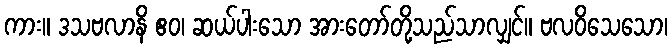
ကား။ ဒသဗလာနိ ဧဝ၊ ဆယ်ပါးသော အားတော်တို့သည်သာလျှင်။ ဗလဝိသေသော၊